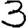
Digit: 3